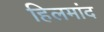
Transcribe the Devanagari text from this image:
हिलमांद